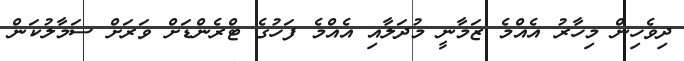
ދިވެހިން މިހާރު އެއްމެ ޒަމާނީ މުދަލާއި އެއްމެ ފަހުގެ ޓްރެންޑަށް ވަަރަށް ސަމާލުކަން